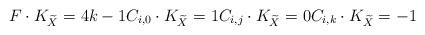
LaTeX: \begin{align*} F\cdot K_{\widetilde{X}}= 4k-1 C_{i,0}\cdot K_{\widetilde{X}}= 1 C_{i,j}\cdot K_{\widetilde{X}}= 0 C_{i,k}\cdot K_{\widetilde{X}}= -1 \end{align*}